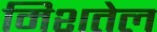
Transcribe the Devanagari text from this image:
मिशतेल